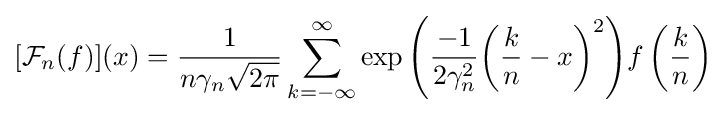
[{\mathcal {F}}_{n}(f)](x)={\frac {1}{n\gamma _{n}{\sqrt {2\pi }}}}\sum _{k=-\infty }^{\infty }{\exp {\left({{\frac {-1}{2\gamma _{n}^{2}}}{\left({{\frac {k}{n}}-x}\right)}^{2}}\right)}f\left({\frac {k}{n}}\right)}